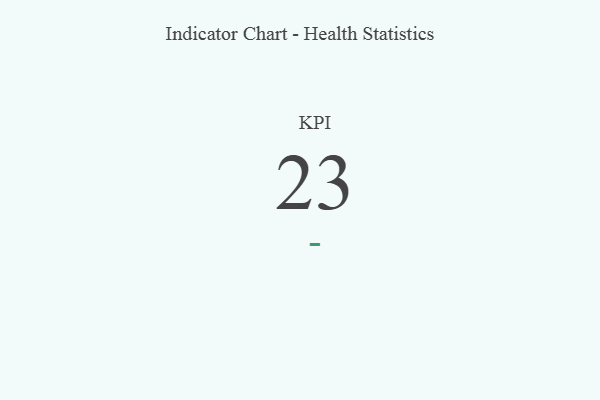
{"axis": {"x": "KPI", "y": "Value"}, "legend": [""], "data": [{"x": "KPI", "y": 23, "type": ""}]}